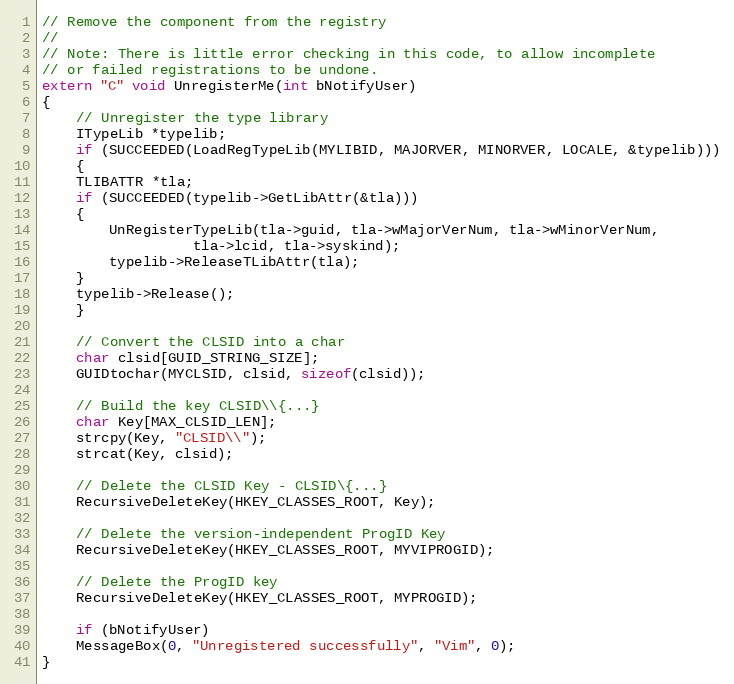
Language: C++
// Remove the component from the registry
//
// Note: There is little error checking in this code, to allow incomplete
// or failed registrations to be undone.
extern "C" void UnregisterMe(int bNotifyUser)
{
    // Unregister the type library
    ITypeLib *typelib;
    if (SUCCEEDED(LoadRegTypeLib(MYLIBID, MAJORVER, MINORVER, LOCALE, &typelib)))
    {
	TLIBATTR *tla;
	if (SUCCEEDED(typelib->GetLibAttr(&tla)))
	{
	    UnRegisterTypeLib(tla->guid, tla->wMajorVerNum, tla->wMinorVerNum,
			      tla->lcid, tla->syskind);
	    typelib->ReleaseTLibAttr(tla);
	}
	typelib->Release();
    }

    // Convert the CLSID into a char
    char clsid[GUID_STRING_SIZE];
    GUIDtochar(MYCLSID, clsid, sizeof(clsid));

    // Build the key CLSID\\{...}
    char Key[MAX_CLSID_LEN];
    strcpy(Key, "CLSID\\");
    strcat(Key, clsid);

    // Delete the CLSID Key - CLSID\{...}
    RecursiveDeleteKey(HKEY_CLASSES_ROOT, Key);

    // Delete the version-independent ProgID Key
    RecursiveDeleteKey(HKEY_CLASSES_ROOT, MYVIPROGID);

    // Delete the ProgID key
    RecursiveDeleteKey(HKEY_CLASSES_ROOT, MYPROGID);

    if (bNotifyUser)
	MessageBox(0, "Unregistered successfully", "Vim", 0);
}